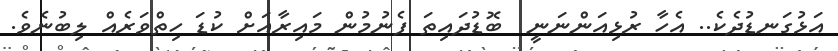
އަޅުގަނޑުދެކެ.. އެހާ ރުޅިއަންނަނީ  ބޮޑުދައިތަ ފެނުމުން މައިރާއަށް ކުޑަ ހިތްވަރެއް ލިބުނެވެ.